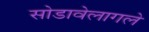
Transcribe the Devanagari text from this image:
सोडावेलागले